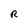
Character: R